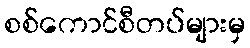
စစ်ကောင်စီတပ်များမှ